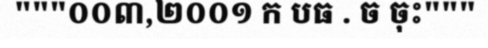
"""០០៣,២០០១ ក បធ . ច ចុះ"""